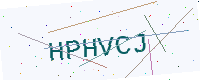
Text: HPHVCJ